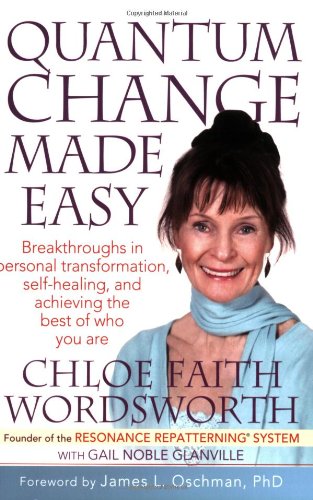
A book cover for Quantum Change Made Easy: Breakthroughs In Personal Transformation, Self-healing and Achieving the Best of Who You Are (Resonance Repatterning Books); Chloe Faith Wordsworth; Self-Help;